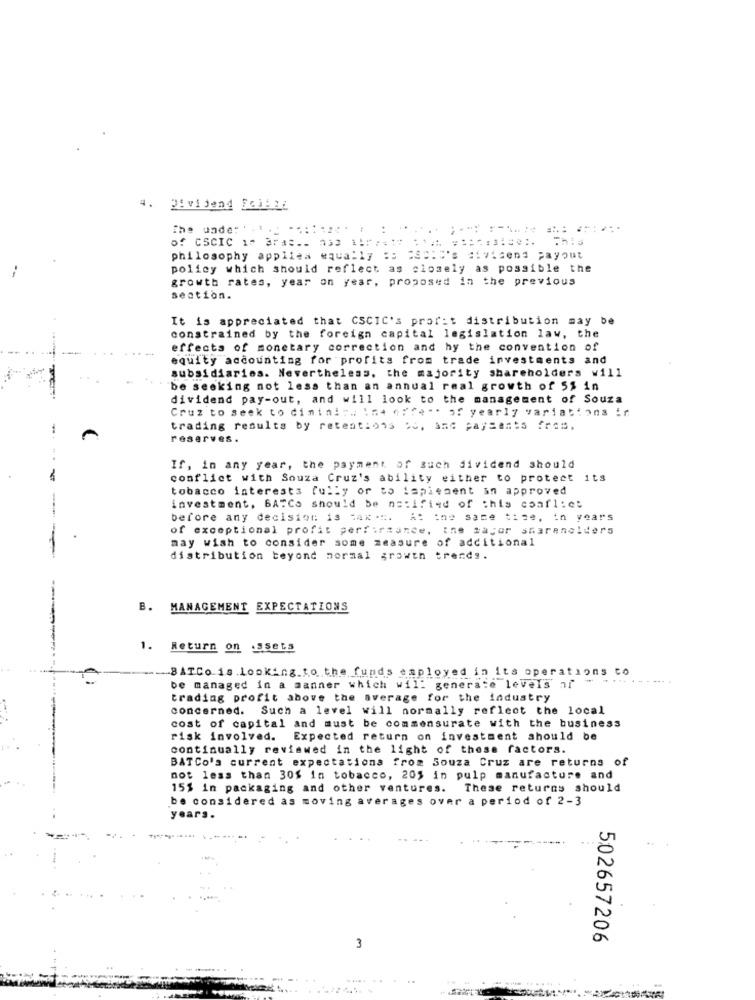
4.
Dividend SchALL
The unde: ' -... ..:::.
..
of CSCIC 1- BFA __ 23 *******
This
philosophy applies equally :: SSC:"'s dividend payout
policy which should reflect as closely as possible the
growth rates, year on year, proposed in the previous
section.
It is appreciated that CSCIC's profit distribution may be
constrained by the foreign capital legislation law, the
effects of monetary correction and hy the convention of
equity accounting for profits from trade investments and
subsidiaries. Nevertheless, the majority shareholders will
be seeking not less than an annual real growth of 5% in
dividend pay-out, and will look to the management of Souza
Cruz to seek to dininin. Ine effe ". of yearly variations in
trading results by retentions to, and payments fres.
reserves .
If, in any year, the payment of such dividend should
conflict with Souza Cruz's ability either to protect its
tobacco interests fully or to lapissent an approved
investment, BATCs should be notified of this csafl:ct
before any decision is cak .:. At the same time, in years
of exceptional profit performance, the major sharenelders
may wish to consider some measure of additional
distribution beyond normal growth trends.
B. MANAGEMENT EXPECTATIONS
1. Return on .3sets
BATCo is.looking.to the funds employed in its operations to
be managed in a manner which will generate levels af
trading profit above the average for the industry
concerned. Such a level will normally reflect the local
cost of capital and must be commensurate with the business
risk involved. Expected return on investment should be
continually reviewed in the light of these factors.
BATCo's current expectations from Souza Cruz are returns of
not less than 301 in tobacco, 205 in pulp manufacture and
15% in packaging and other ventures.
These returns should
be considered as moving averages over a period of 2-3
years.
502657206
3
-...